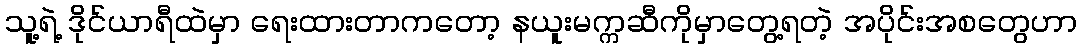
သူ့ရဲ့ ဒိုင်ယာရီထဲမှာ ရေးထားတာကတော့ နယူးမက္ကဆီကိုမှာတွေ့ရတဲ့ အပိုင်းအစတွေဟာ